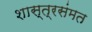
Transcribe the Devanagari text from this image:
शास्त्रसंमत